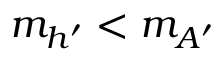
m _ { h ^ { \prime } } < m _ { A ^ { \prime } }